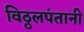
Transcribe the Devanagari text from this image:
विठ्ठलपंतानी